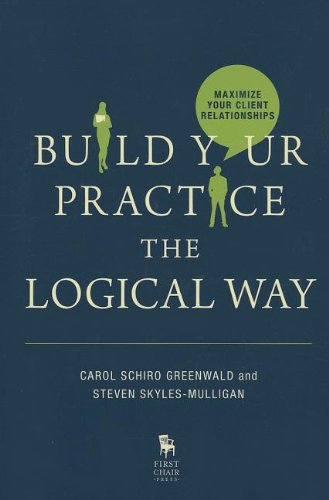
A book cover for Build Your Practice the Logical Way: Maximize Your Client Relationships; Carol, Ph.D Schiro Greenwald; Law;